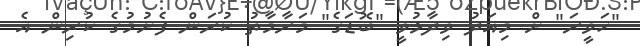
"ހަވީރަ" ށް މިއަދު ވިދާޅުވީ "ބޮޑަގެ" މަރާމާތު ކުރަން ފެށުމުގެ ކުރިން އެ